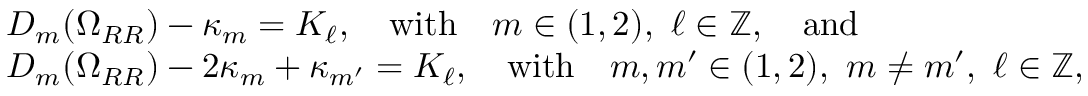
\begin{array} { r l } & { D _ { m } ( \Omega _ { R R } ) - \kappa _ { m } = K _ { \ell } , \quad \mathrm { w i t h } \quad m \in ( 1 , 2 ) , ~ \ell \in \mathbb { Z } , \quad \mathrm { a n d } } \\ & { D _ { m } ( \Omega _ { R R } ) - 2 \kappa _ { m } + \kappa _ { m ^ { \prime } } = K _ { \ell } , \quad \mathrm { w i t h } \quad m , m ^ { \prime } \in ( 1 , 2 ) , ~ m \neq m ^ { \prime } , ~ \ell \in \mathbb { Z } , } \end{array}